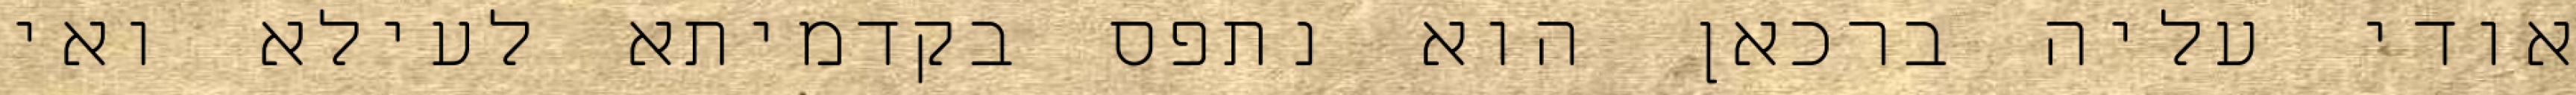
אודי עליה ברכאן הוא נתפס בקדמיתא לעילא ואי